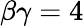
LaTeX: \beta\gamma=4